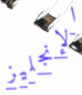
الإنجليز